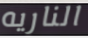
الناريه